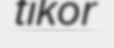
tikor